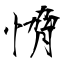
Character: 愶